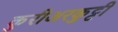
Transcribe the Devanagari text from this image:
कुरीअरकुट्टी